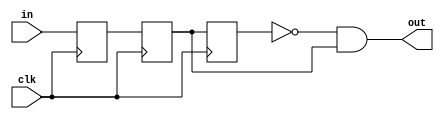
`timescale 1ns / 1ps

//////////////////////////////////////////////////////////////////////////////////
module button(input clk, in,
output out);
reg r1,r2,r3;
always@(posedge clk)
begin
r1<=in;
r2<=r1;
r3<=r2;
end
assign out=~r3 & r2;
endmodule


module lab6(input clk,input rst,input b0,input b1,output reg unlock,output reg [1:0] state,output reg [4:0] value
    );
parameter password=5'b00000;//Hardcoded password
parameter s0=2'd1,//Locked
			 s1=2'd2,//Unlocked
			 s2=2'd3;//Incorrect
wire btn0,btn1;
button button1(clk,b0,btn0);
button button2(clk,b1,btn1);
reg [2:0] count;
always@(*)
begin
if(rst)begin value=5'b11111; state=s0; unlock=0;count=3'd0; end
else if(btn0)begin value[4:1]=value[3:0];value[0]=0;count=count+1;end
else if(btn1)begin value[4:1]=value[3:0];value[0]=1;count=count+1;end

if(count==3'd5)
	begin
		if(value==password)begin state=s1;unlock=1;count=3'd0;end
		else begin state=s2;unlock=0;count=3'd0;end
	end
	//else begin unlock=0;state=s0;end
end
endmodule